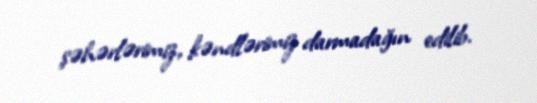
şəhərlərimiz, kəndlərimiz darmadağın edilib.